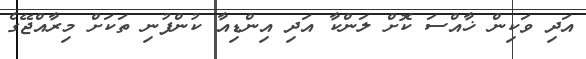
އަދި ވަކިން ޚާއްސަ ކޮށް ލަންކާ އަދި އިންޑިއާ ކުންފުނި ތަކަށް މިރާއްޖޭގެ